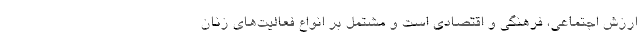
ارزش اجتماعی، فرهنگی و اقتصادی است و مشتمل بر انواع فعالیت‌های زنان